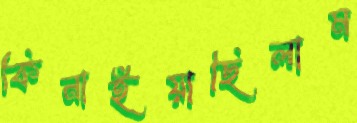
কিনাইয়াছিলাম